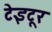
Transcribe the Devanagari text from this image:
टेइटूर